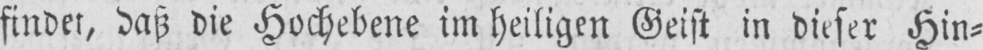
findet, daß die Hochebene im heiligen Geist in dieser Hin⸗